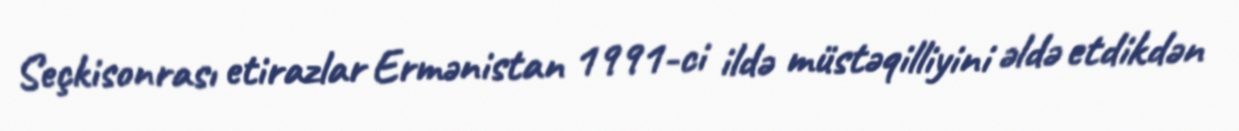
Seçkisonrası etirazlar Ermənistan 1991-ci ildə müstəqilliyini əldə etdikdən